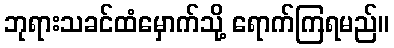
ဘုရားသခင်ထံမှောက်သို့ ရောက်ကြရမည်။